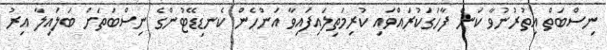
ނިސްބަތް އިތުރުނުވާ ކަން ފާހަގަކުރައްވައި ކުރިމަތިލައިފައިވާ އަންހެން ކެނޑިޑޭޓުންގެ ނިސްބަތަށް ބަލައިލާ އިރު